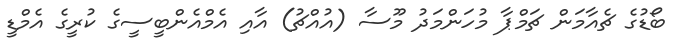
ބޯޑުގެ ޗެއާމަން ޗަމްޕާ މުހަންމަދު މޫސާ (އުއްޗު) އާއި އެމްއެންބީސީގެ ކުރީގެ އެމްޑީ